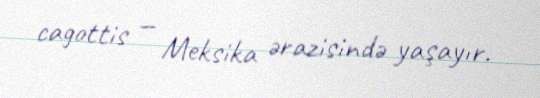
cagottis — Meksika ərazisində yaşayır.